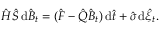
\hat { H } \hat { S } \, \mathrm { d } \hat { B } _ { t } = ( \hat { F } - \hat { Q } \hat { B } _ { t } ) \, \mathrm { d } \hat { t } + \hat { \sigma } \, \mathrm { d } \hat { \xi } _ { t } .